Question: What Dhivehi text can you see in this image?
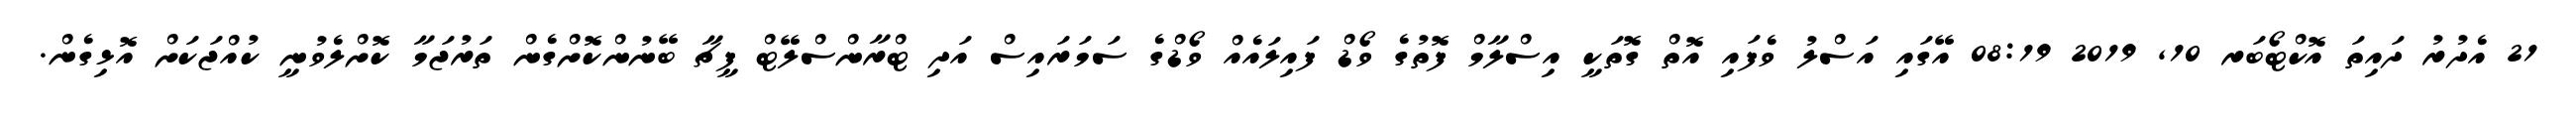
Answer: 21 އެދުރު ދައިތަ އޮކްޓޯބަރ 10, 2019 08:19 އޭގައި އަސްލު ވެފައި އޮތް ގޮތަކީ އިސްލާމް ފޮތުގެ ވޯޑް ފައިލައެއް ވޯޑްގެ ސަމަރައިސް އަދި ޓްރާންސްލޭޓް ފީޗާ ބޭނުންކޮށްގެން ތަރުޖަމާ ކޮށްލެވުނީ ކުއްޖަކަށް އޮޅިގެން.